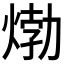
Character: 𤊹